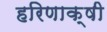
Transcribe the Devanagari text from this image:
हरिणाक्षी